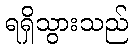
ရရှိသွားသည်